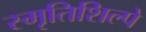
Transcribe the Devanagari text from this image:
स्मृतिशिल्पे